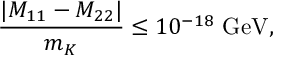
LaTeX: { \frac { | M _ { 1 1 } - M _ { 2 2 } | } { m _ { K } } } \leq 1 0 ^ { - 1 8 } \ \mathrm { G e V } ,